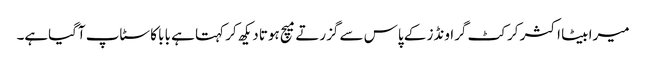
میرا بیٹا اکثر کرکٹ گراونڈز کے پاس سے گزرتے میچ ہوتا دیکھ کر کہتا ہے بابا کا سٹاپ آگیاہے۔